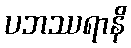
ပဘဿရာနိ